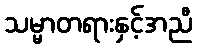
သမ္မာတရားနှင့်အညီ